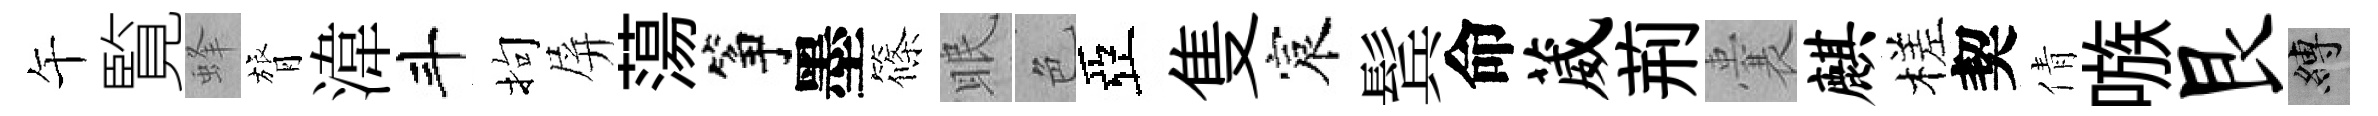
午覧蜂膂湋斗拘屏蕩筝墨篠眠色亞隻宸鬂命葳荊囊麒槎契倩嗾艮縛